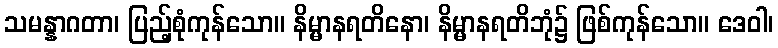
သမန္နာဂတာ၊ ပြည့်စုံကုန်သော။ နိမ္မာနရတိနော၊ နိမ္မာနရတိဘုံ၌ ဖြစ်ကုန်သော။ ဒေဝါ၊